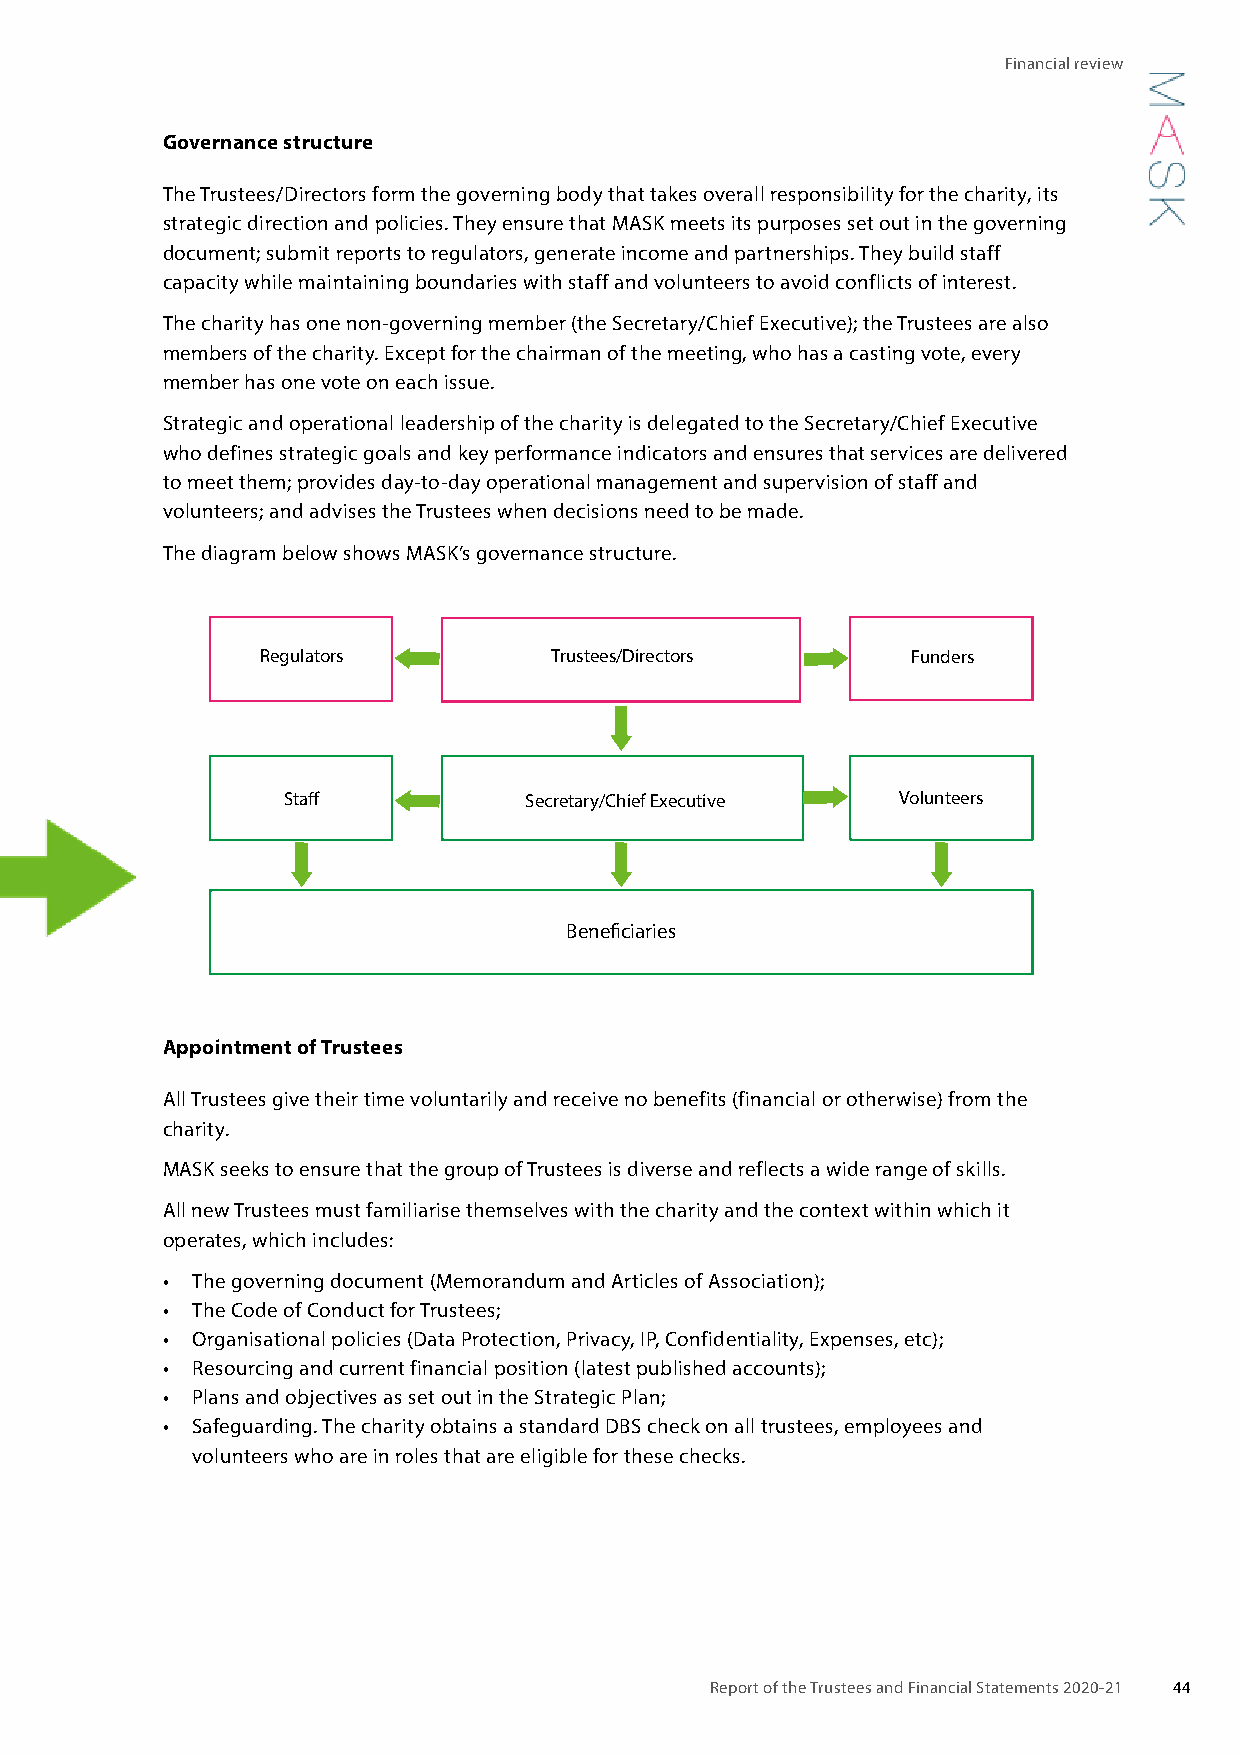
Financial review
 Governance structure
 The Trustees/Directors form the governing body that takes overall responsibility for the charity, its
 strategic direction and policies. They ensure that MASK meets its purposes set out in the governing
 document; submit reports to regulators, generate income and partnerships. They build staff
 capacity while maintaining boundaries with staff and volunteers to avoid conflicts of interest.
 The charity has one non-governing member (the Secretary/Chief Executive); the Trustees are also
 members of the charity. Except for the chairman of the meeting, who has a casting vote, every
 member has one vote on each issue.
 Strategic and operational leadership of the charity is delegated to the Secretary/Chief Executive
 who defines strategic goals and key performance indicators and ensures that services are delivered
 to meet them; provides day-to-day operational management and supervision of staff and
 volunteers; and advises the Trustees when decisions need to be made.
 The diagram below shows MASK’s governance structure.
 Regulators         Trustees/Directors      Funders
 Staff           Secretary/Chief Executive Volunteers
 Beneficiaries
 Appointment of Trustees
 All Trustees give their time voluntarily and receive no benefits (financial or otherwise) from the
 charity.
 MASK seeks to ensure that the group of Trustees is diverse and reflects a wide range of skills.
 All new Trustees must familiarise themselves with the charity and the context within which it
 operates, which includes:
 • The governing document (Memorandum and Articles of Association);
 • The Code of Conduct for Trustees;
 • Organisational policies (Data Protection, Privacy, IP, Confidentiality, Expenses, etc);
 • Resourcing and current financial position (latest published accounts);
 • Plans and objectives as set out in the Strategic Plan;
 • Safeguarding. The charity obtains a standard DBS check on all trustees, employees and
 volunteers who are in roles that are eligible for these checks.
 Report of the Trustees and Financial Statements 2020-21 44